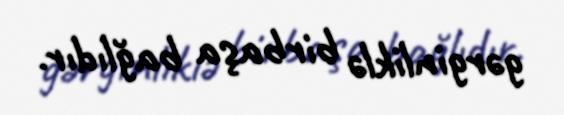
gərginliklə birbaşa bağlıdır.